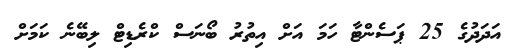
އަދަދުގެ 25 ޕަސެންޓާ ހަމަ އަށް އިތުރު ބޯނަސް ކްރެޑިޓް ލިބޭނެ ކަމަށް